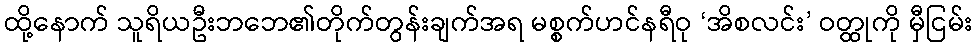
ထို့နောက် သူရိယဦးဘဘေ၏တိုက်တွန်းချက်အရ မစ္စက်ဟင်နရီဝု ‘အိစလင်း’ ဝတ္ထုကို မှီငြမ်း